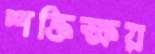
শক্তিক্ষয়